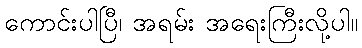
ကောင်းပါပြီ၊ အရမ်း အရေးကြီးလို့ပါ။